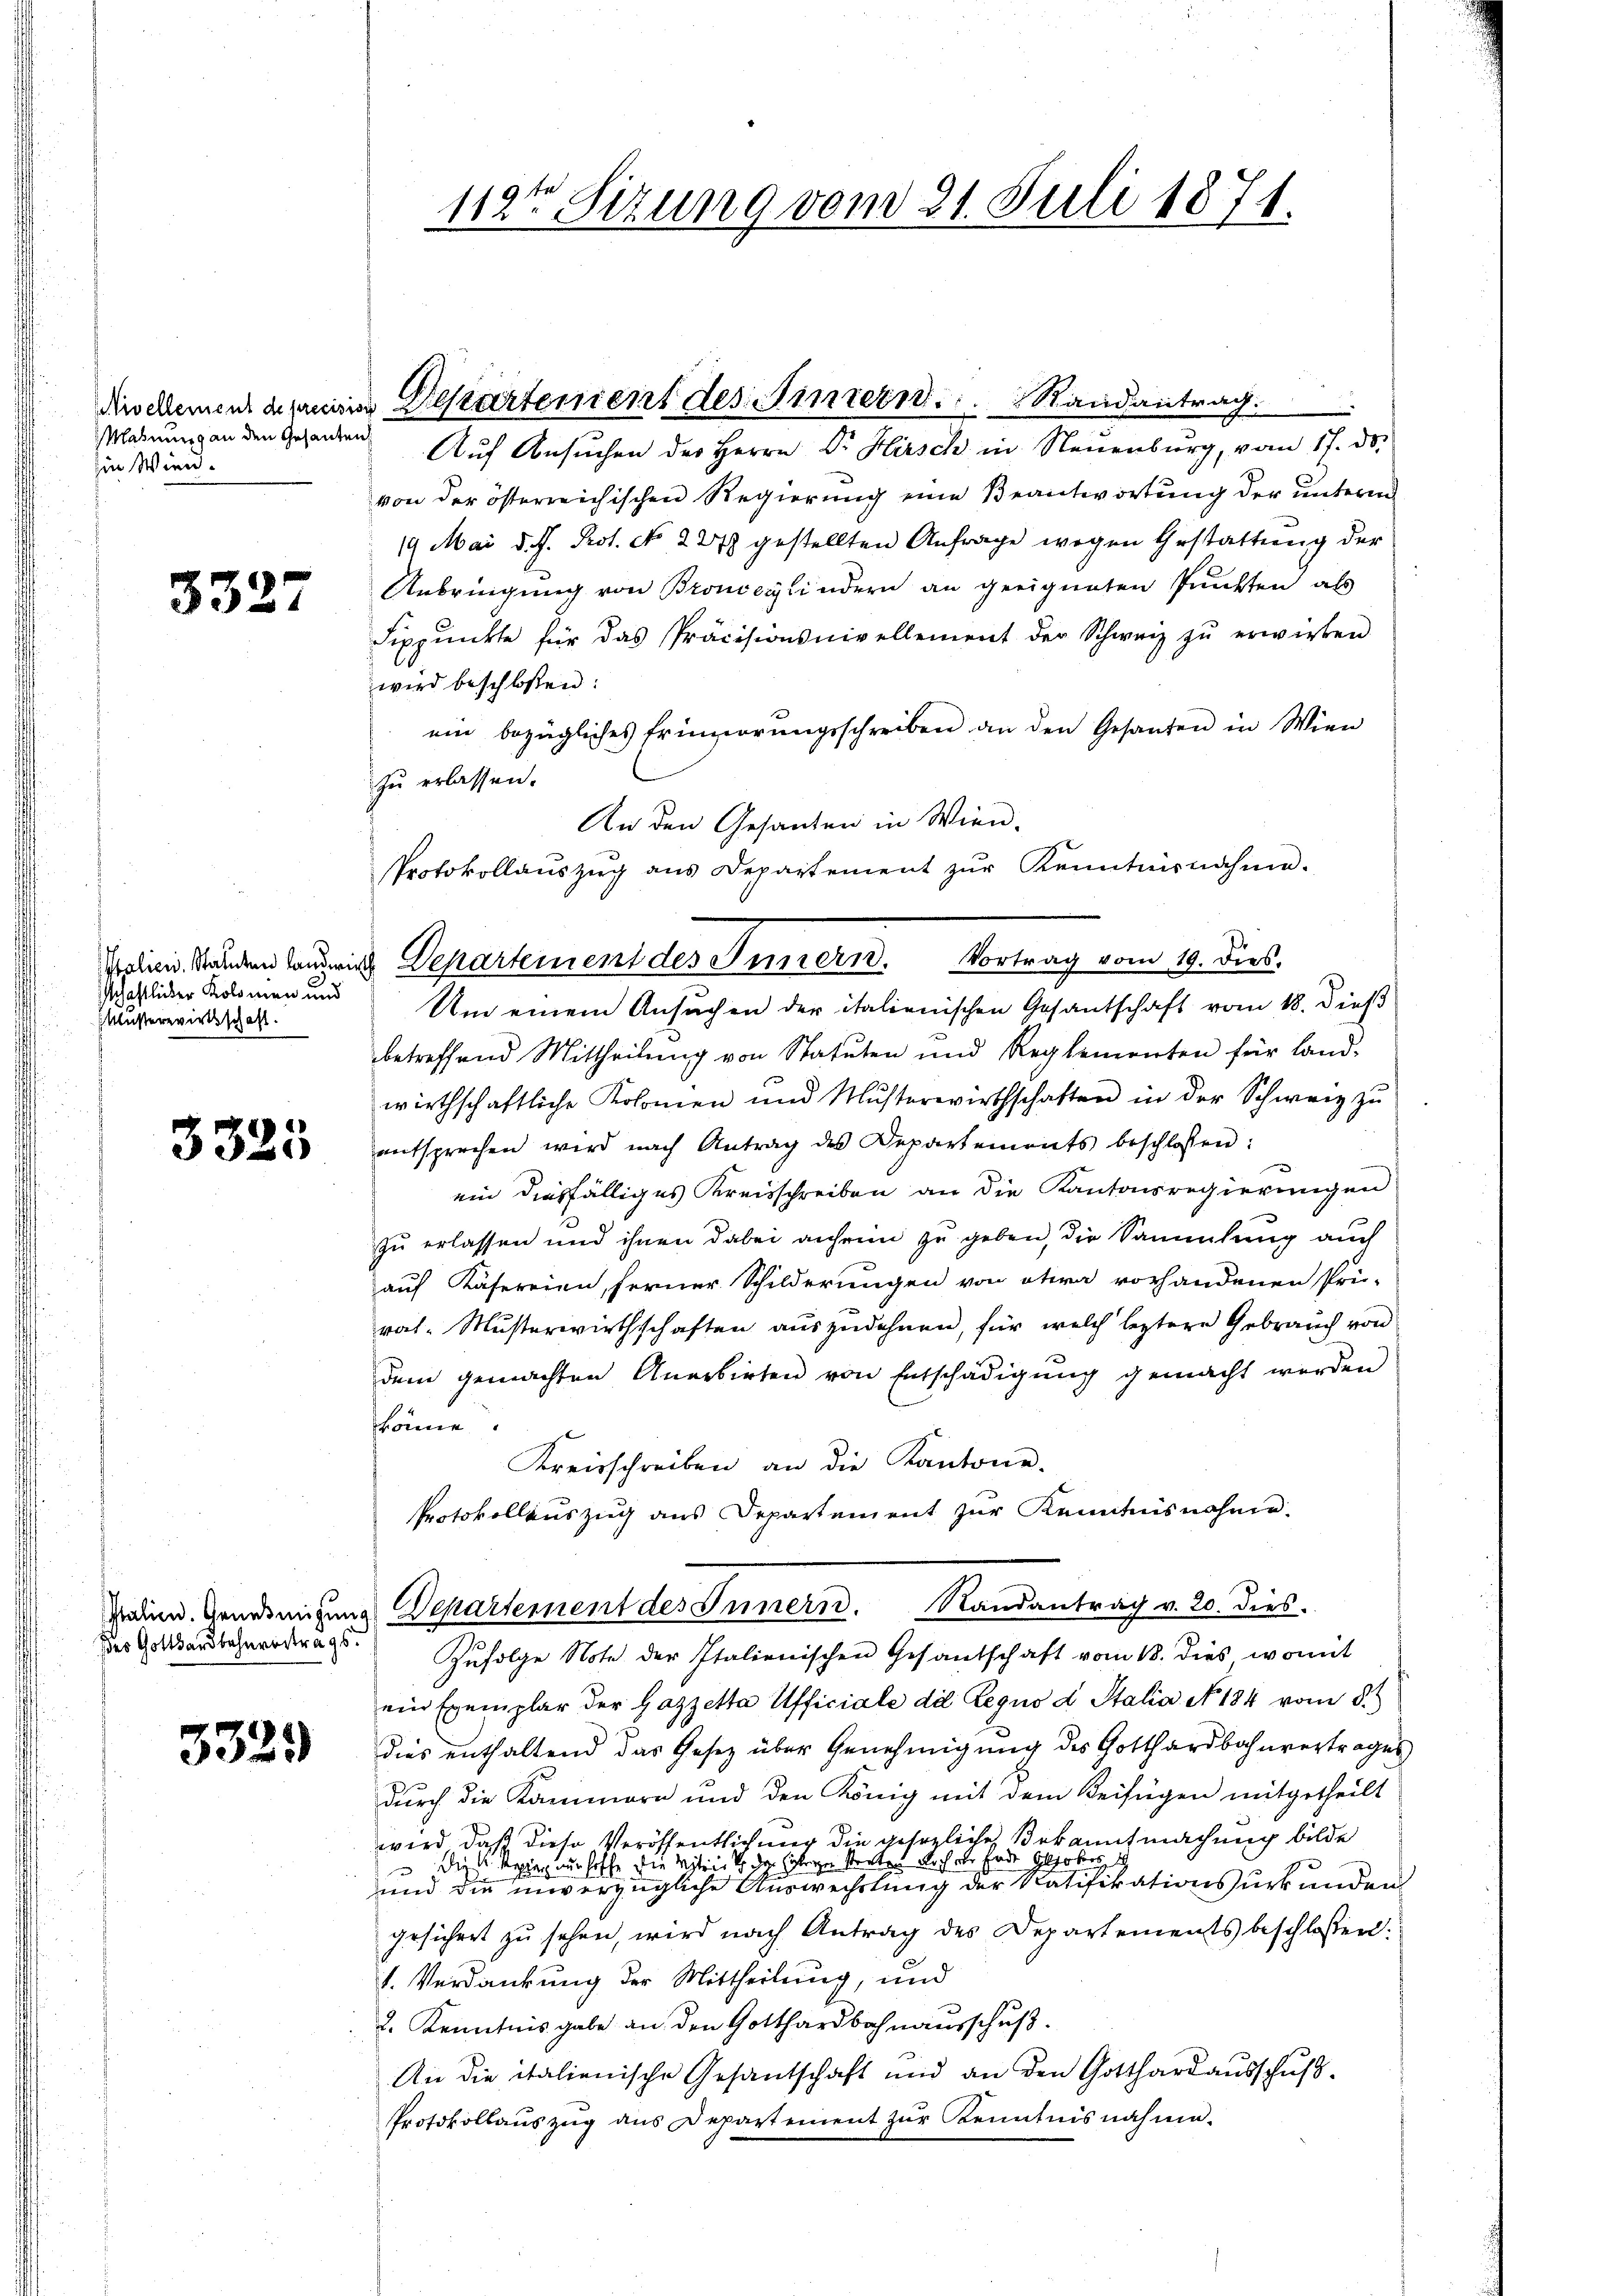
Mahnung an den Gesanten
hin Wien.

3327

Italien. Statuten Landwirt
schaftlicher Kolomen und
Kluserwirksschaft.

3325

des Gotthardbahnvortrags.

3329

112ten Sizung vom 21. Juli 1871.

cselement die Departement des Sinnern Randantrag

Auf Ansuchen des Herrn Dr. Hirsch in Steuenburg, vom 17. ds.
von der österreichischen Regierung eine Beantwortung der unterm
19 Mai d. J. Prot. No 227 gestellten Anfrage wegen Gestattung der
Anbringung von Bronccylindern an geeigneten Punkten als
Sippŭnkte für das Präcisionsnivellement der Schweiz zŭ erwirken
wird beschloßen:
ein bezügliches Erinnerungsschreiben an den Gesanten in Wien
zu erlassen.
An den Gesanten in Wien-
Protokollaŭszŭg ans Departement zŭr Kenntnisnahme.
Um einem Ansuchen der italienischen Gesantschaft vom 18. dieß
betreffend Mittheilŭng von Statuten und Reglementen für Land-
wirthschaftliche Kolomen und Musterwirthschaften in der Schweiz zu
entsprechen wird nach Antrag des Departements beschlossen:
e
ein diesfälliges Kreisschreiben an die Kantonsregierungen
zu erlassen und ihnen dabei anhein zu geben, die Sammlung auch
auf Käfereien, ferner Schilderungen von etwa vorhandenen Prü-
rat-Musterwirthschaften auszudehnen, für welch leztere Gebrauch von
dem gemachten Anerbieten von Entschädigung gemacht werden
könne.
Kreisschreiben an die Kantone.
Protokollauszug aus Departement zur Kenntnisnahme.
Main Geneigung Departement des Innern. Randantrag v. 20. dies
Zufolge Note der Italienischen Gesantschaft vom 18. dies, womit
ein Exemplar der Gazzetta Ufficiale die Regno d Stalia No. 184 vom 8.
dies enthaltend das Gesetz über Genehmigung des Gotthardbahnvertrages
durch die Kammern und den König mit dem Beifügen mitgetheilt
wird, daß diese Veröffentlichmer die gesezliche Bekanntmachung bilde
die Reging nur hoffe die Mitwirt der Gelege streten Rich ein Ende Glokes d
und die unverzügliche Auswechstung der Ratifikationsurkunden
geführet zu sehen, wird nach Antrag des Departements beschlossen.
1. Verdankung der Mittheilung, und
2. Kenntnis gabe an den Gotthardbahnausschuß.
An die italienische Gesantschaft und an den Gotthard ausschuß
Protokollauszug aus Departement zur Kenntnisnahme.

2 Departement des Innern. Vortrag vom 19. dies.